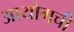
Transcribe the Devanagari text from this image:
आयोगची